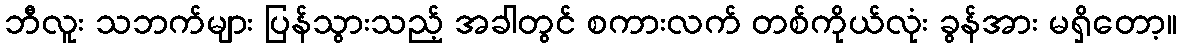
ဘီလူး သဘက်များ ပြန်သွားသည့် အခါတွင် စကားလက် တစ်ကိုယ်လုံး ခွန်အား မရှိတော့။